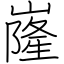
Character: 嶐